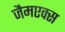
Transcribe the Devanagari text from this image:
जैमएक्स